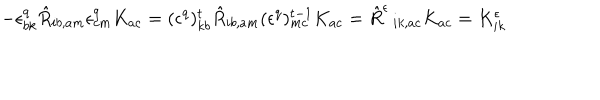
- \epsilon _ { b k } ^ { q } \hat { R } _ { i b , a m } \epsilon _ { c m } ^ { q } K _ { a c } = ( \epsilon ^ { q } ) _ { k b } ^ { t } \hat { R } _ { i b , a m } ( \epsilon ^ { q } ) _ { m c } ^ { t - 1 } K _ { a c } = \hat { R } ^ { \epsilon } \, _ { i k , a c } K _ { a c } = K _ { i k } ^ { \epsilon }